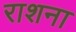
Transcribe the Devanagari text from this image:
राशना